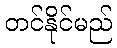
တင်နိုင်မည်